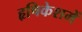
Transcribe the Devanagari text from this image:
हृषिकेशमें